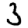
Digit: 3